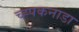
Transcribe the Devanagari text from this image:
च्ह्पकनाडा